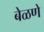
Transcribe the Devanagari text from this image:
बेळणे